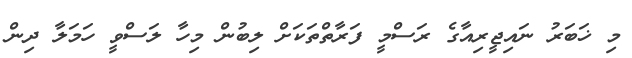
މި ޚަބަރު ނައިޖީރިއާގެ ރަސްމީ ފަރާތްތަކަށް ލިބުން މިހާ ލަސްވީ ހަމަލާ ދިން